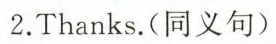
2.Thanks.(同义句)